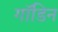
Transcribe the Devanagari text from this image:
गॉडिन